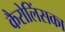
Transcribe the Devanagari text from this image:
कैरोलिंसका